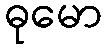
ဓုမော